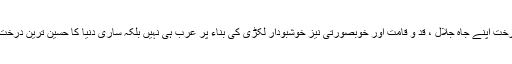
لبنان کا یہ درخت اپنے جاہ جلال ، قد و قامت اور خوبصورتی نیز خوشبودار لکڑی کی بناء پر عرب ہی نہیں بلکہ ساری دنیا کا حسین ترین درخت سمجھا تھا ۔